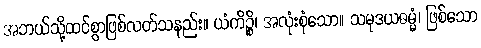
အဘယ်သို့ထင်စွာဖြစ်လတ်သနည်း။ ယံကိဉ္စိ၊ အလုံးစုံသော။ သမုဒယဓမ္မံ၊ ဖြစ်သော